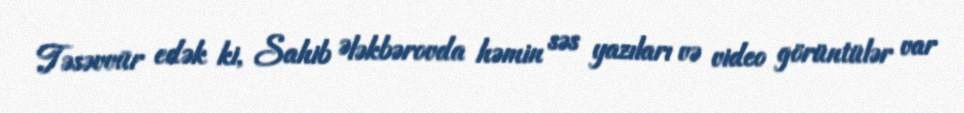
Təsəvvür edək ki, Sahib Ələkbərovda həmin səs yazıları və video görüntülər var